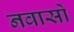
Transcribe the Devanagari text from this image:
नवासों